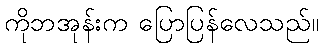
ကိုဘအုန်းက ပြောပြန်လေသည်။